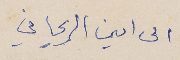
الى امين الريحاني